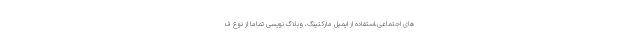
های اجتماعی،استفاده از ایمیل مارکتینگ، وبلاگ نویسی تماما از نوع ف